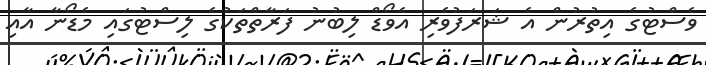
ވެސްޓުގެ އިތުރުން އެ ޝަރަފުވެރި އެވޯޑް ލިބުނު ފަރާތްތަކުގެ ލިސްޓުގައި މެޑޯނާ އާއި